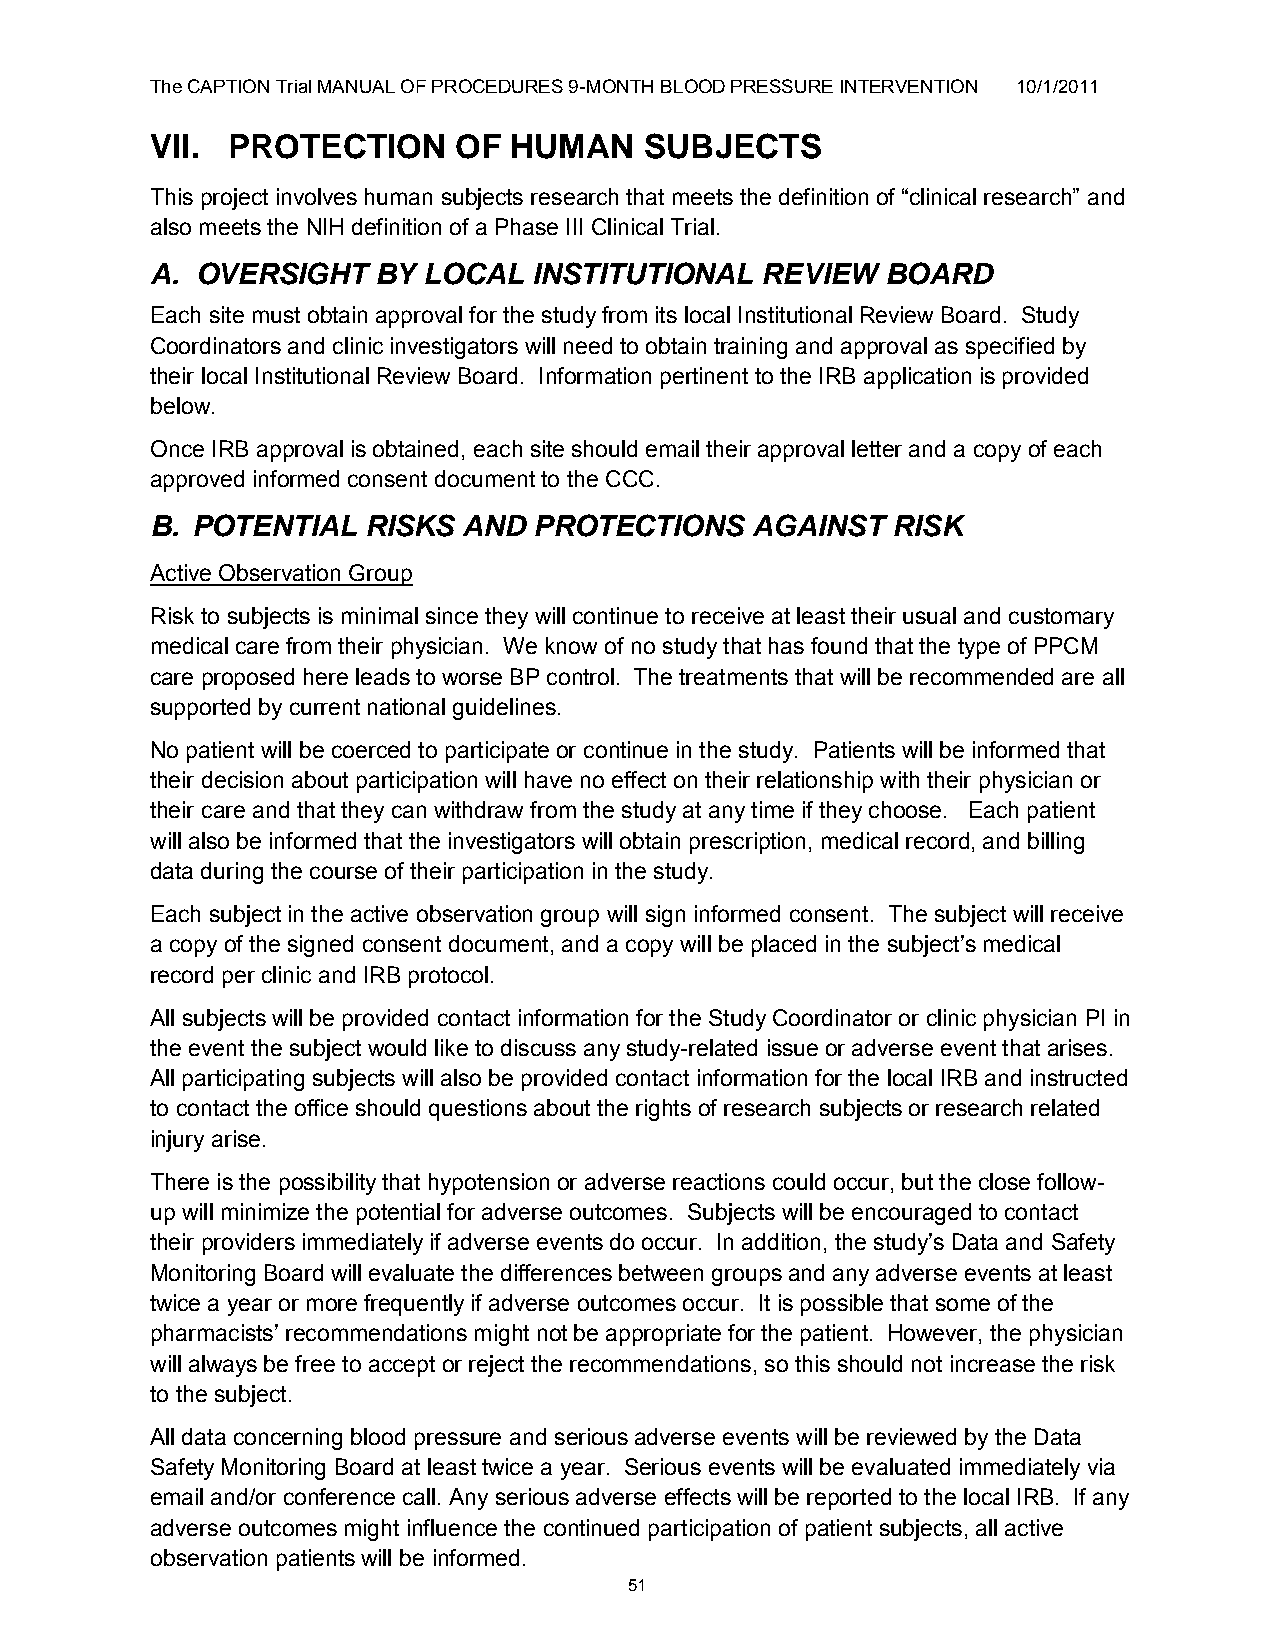
The CAPTION Trial MANUAL OF PROCEDURES 9-MONTH BLOOD PRESSURE INTERVENTION 10/1/2011
 VII. PROTECTION     OF  HUMAN    SUBJECTS
 This project involves human subjects research that meets the definition of “clinical research” and
 also meets the NIH definition of a Phase III Clinical Trial.
 A. OVERSIGHT   BY LOCAL  INSTITUTIONAL  REVIEW   BOARD
 Each site must obtain approval for the study from its local Institutional Review Board. Study
 Coordinators and clinic investigators will need to obtain training and approval as specified by
 their local Institutional Review Board. Information pertinent to the IRB application is provided
 below.
 Once IRB approval is obtained, each site should email their approval letter and a copy of each
 approved informed consent document to the CCC.
 B. POTENTIAL  RISKS  AND PROTECTIONS    AGAINST  RISK
 Active Observation Group
 Risk to subjects is minimal since they will continue to receive at least their usual and customary
 medical care from their physician. We know of no study that has found that the type of PPCM
 care proposed here leads to worse BP control. The treatments that will be recommended are all
 supported by current national guidelines.
 No patient will be coerced to participate or continue in the study. Patients will be informed that
 their decision about participation will have no effect on their relationship with their physician or
 their care and that they can withdraw from the study at any time if they choose. Each patient
 will also be informed that the investigators will obtain prescription, medical record, and billing
 data during the course of their participation in the study.
 Each subject in the active observation group will sign informed consent. The subject will receive
 a copy of the signed consent document, and a copy will be placed in the subject‟s medical
 record per clinic and IRB protocol.
 All subjects will be provided contact information for the Study Coordinator or clinic physician PI in
 the event the subject would like to discuss any study-related issue or adverse event that arises.
 All participating subjects will also be provided contact information for the local IRB and instructed
 to contact the office should questions about the rights of research subjects or research related
 injury arise.
 There is the possibility that hypotension or adverse reactions could occur, but the close follow-
 up will minimize the potential for adverse outcomes. Subjects will be encouraged to contact
 their providers immediately if adverse events do occur. In addition, the study‟s Data and Safety
 Monitoring Board will evaluate the differences between groups and any adverse events at least
 twice a year or more frequently if adverse outcomes occur. It is possible that some of the
 pharmacists‟ recommendations might not be appropriate for the patient. However, the physician
 will always be free to accept or reject the recommendations, so this should not increase the risk
 to the subject.
 All data concerning blood pressure and serious adverse events will be reviewed by the Data
 Safety Monitoring Board at least twice a year. Serious events will be evaluated immediately via
 email and/or conference call. Any serious adverse effects will be reported to the local IRB. If any
 adverse outcomes might influence the continued participation of patient subjects, all active
 observation patients will be informed.
 51